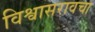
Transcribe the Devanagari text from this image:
विश्वासरावचा